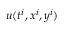
u ( t ^ { i } , x ^ { i } , y ^ { i } )